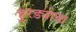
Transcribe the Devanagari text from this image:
हुरड्याचा